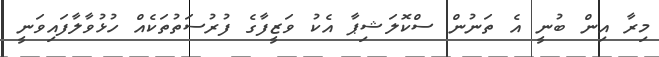
މިރާ އިން ބުނީ އެ ތަނުން ސްކޮލަޝިޕާ އެކު ވަޒީފާގެ ފުރުސަތުތަކެއް ހުޅުވާލާފައިވަނީ